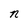
Character: n